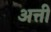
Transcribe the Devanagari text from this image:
अत्ती